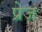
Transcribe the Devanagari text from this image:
प्रेज